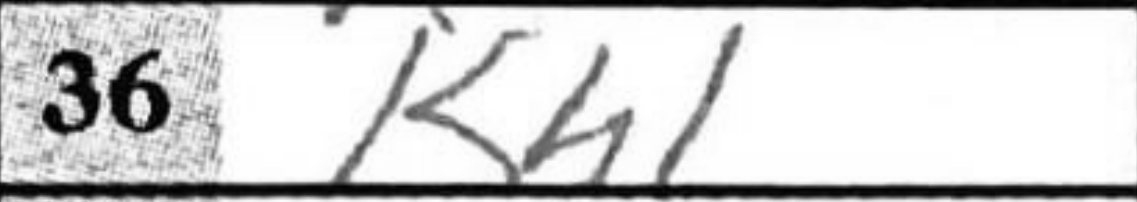
Transcription: Kh1